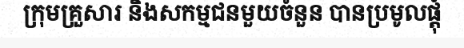
ក្រុមគ្រួសារ និងសកម្មជនមួយចំនួន បានប្រមូលផ្តុំ